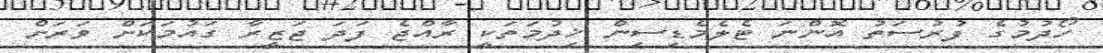
ހޯދުމުގެ ފުރުސަތު އޮންނަ ޓެލެމެޑިސިން ޚިދުމަތަކީ ރާއްޖެ ފަދަ ޖަޒީރާ ގައުމަކަށް ވަރަށް